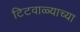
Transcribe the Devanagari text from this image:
टिटवाळ्याच्या